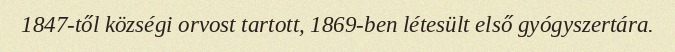
1847-től községi orvost tartott, 1869-ben létesült első gyógyszertára.